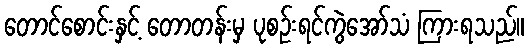
တောင်စောင်းနှင့် တောတန်းမှ ပုစဉ်းရင်ကွဲအော်သံ ကြားရသည်။